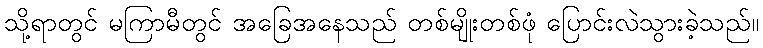
သို့ရာတွင် မကြာမီတွင် အခြေအနေသည် တစ်မျိုးတစ်ဖုံ ပြောင်းလဲသွားခဲ့သည်။